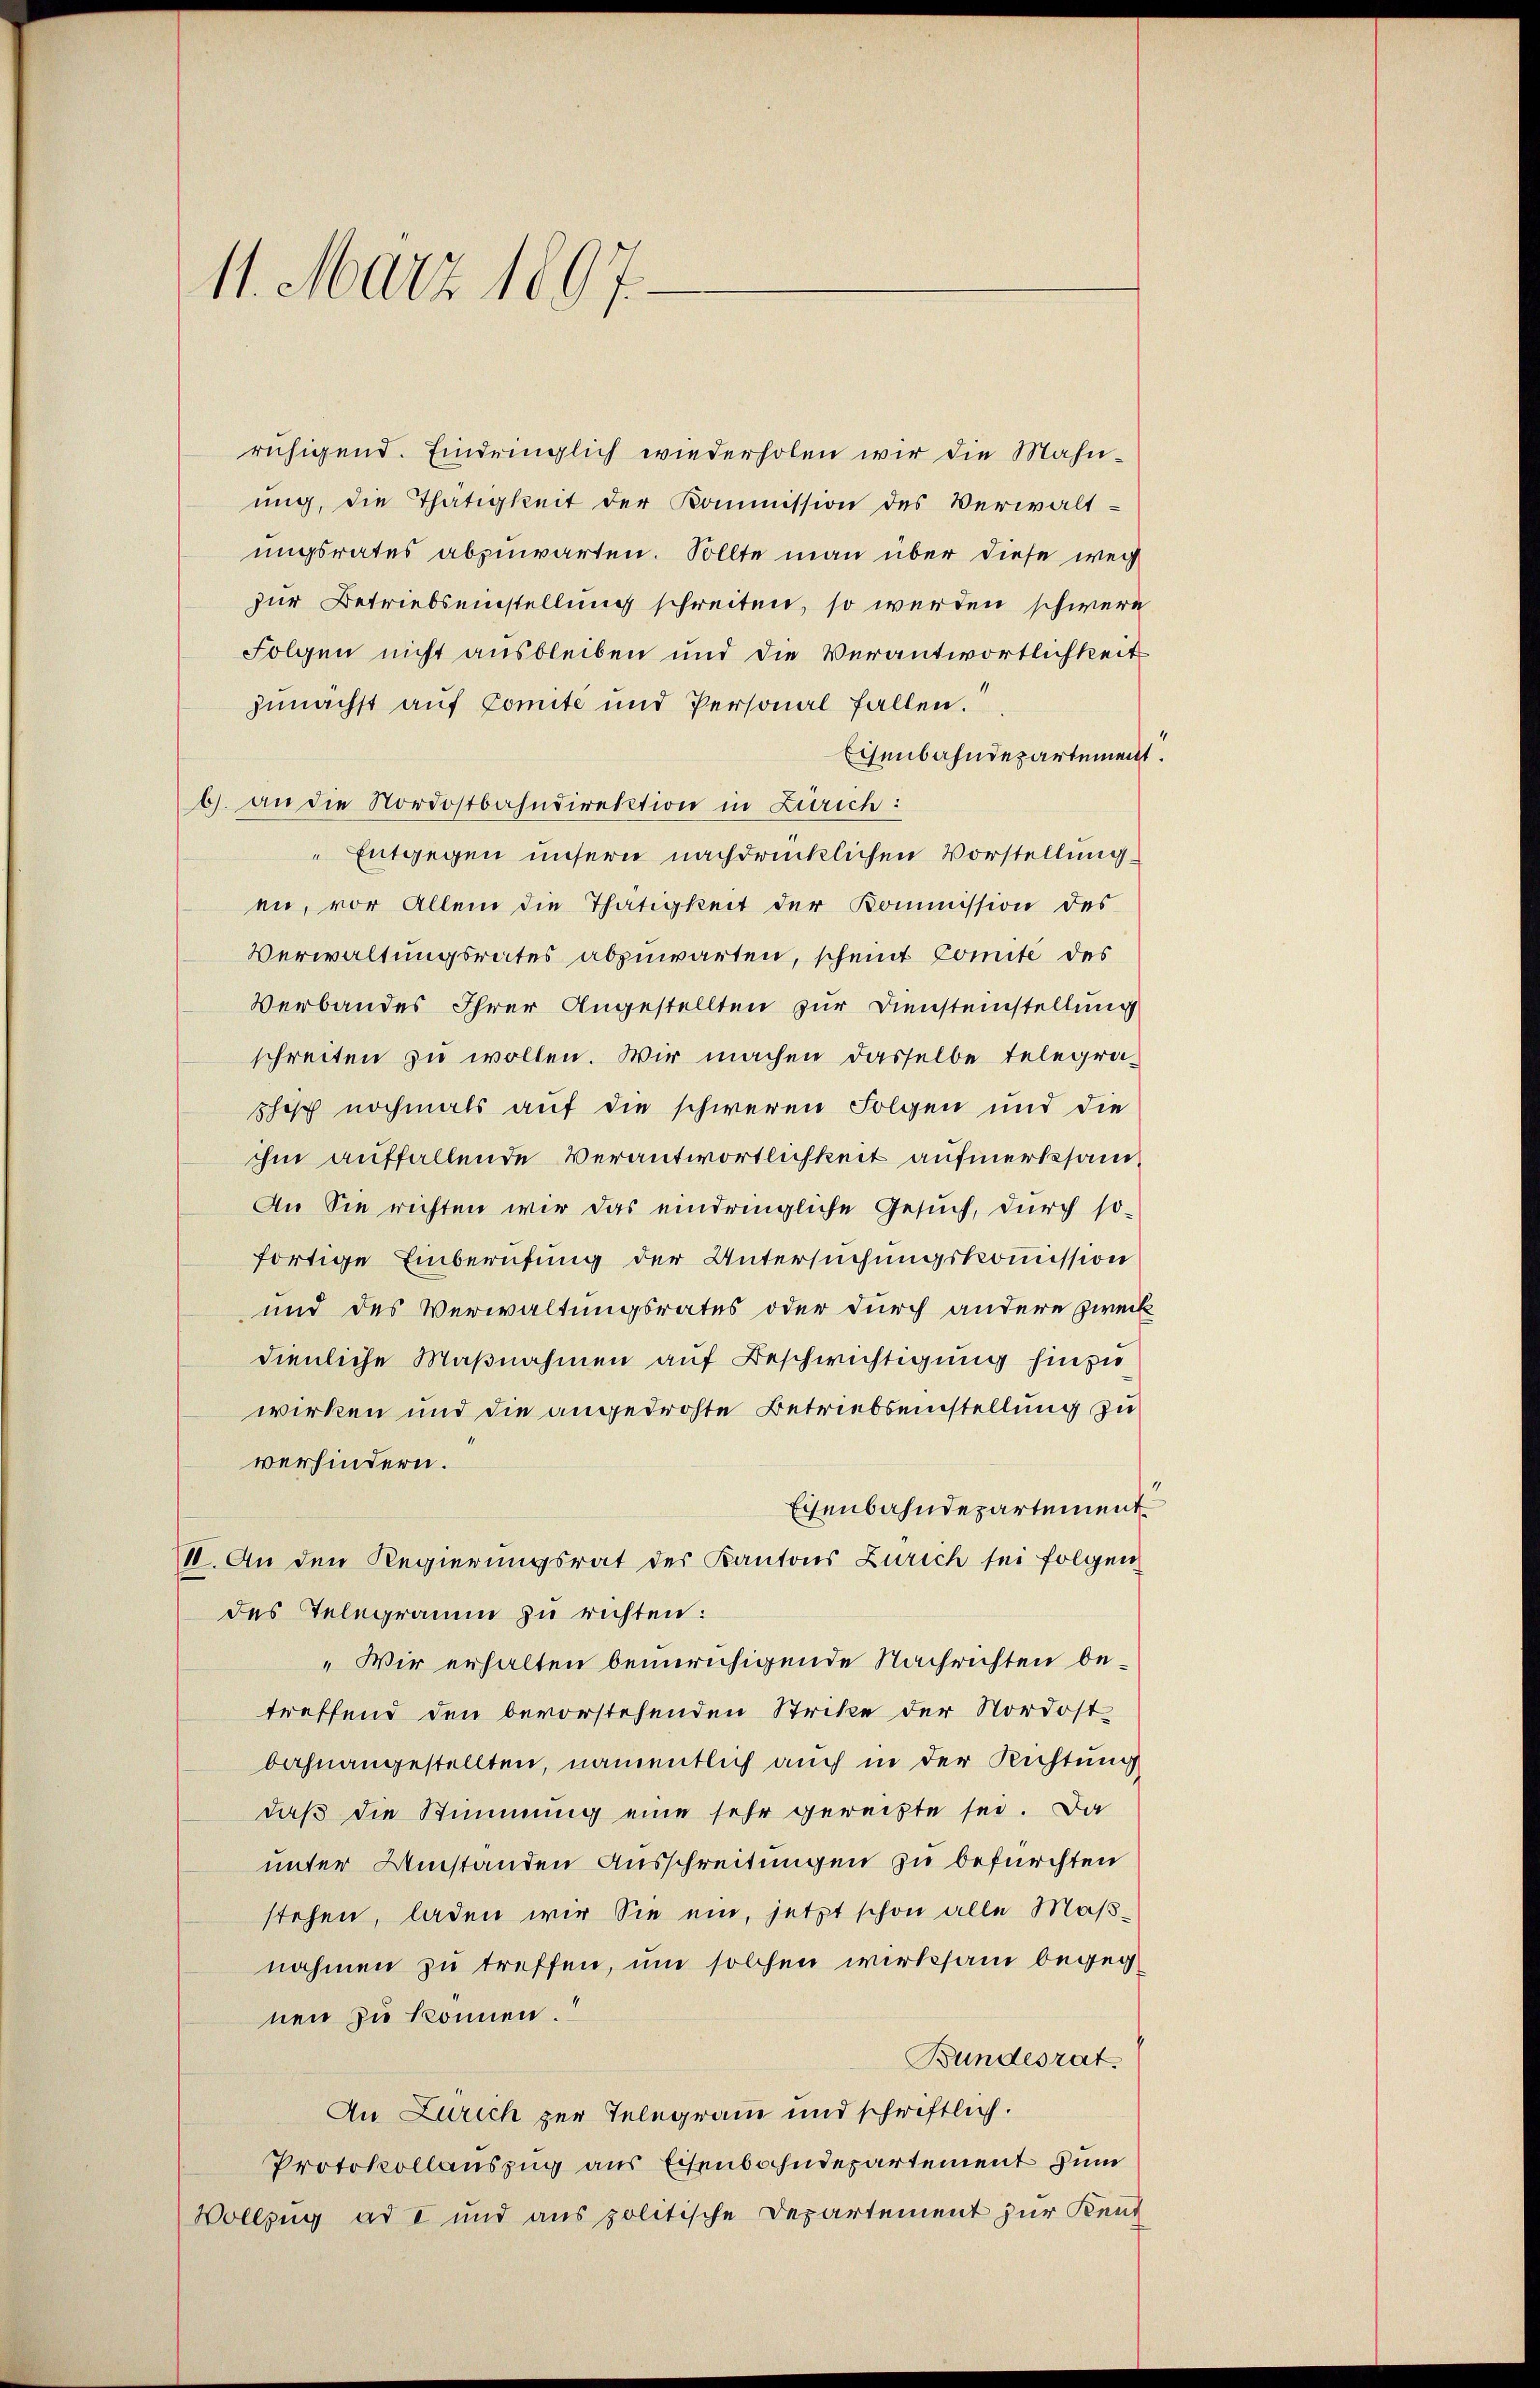
11. März 1897.

ruhigend. Eindringlich wiederholen wir die Mahn-
ung, die Thätigkeit der Kommission des Verwalt-
ungsrates abzuwarten. Sollte man über diese weg
zur Betriebseinstellung schreiten, so werden schwere
Folgen nicht ausbleiben und die Verantwortlichkeit
zunächst auf Comite und Personal fallen.
Eisenbahndepartement.
b. an die Nordostbahndirektion in Zürich:
Entgegen unsern nachdrücklichen Vorstellung
en, vor Allem die Thätigkeit der Kommission des
Verwaltungsrates abzuwarten, scheint Comité des
Verbandes Ihrer Angestellten zur Diensteinstellung
schreiten zu wollen. Wir machen dasselbe telegraschisch nochmals auf die schweren Folgen und die
ihm auffallende Verantwortlichkeit aufmerksam
An Sie richten wir das eindringliche Gesuch, durch so-
fortige Einberufung der Untersuchungskommission
und des Verwaltungsrates oder durch andere Zweck
dienliche Maßnahmen auf Beschwichtigung hinzu
wirken und die angedrohte Betriebseinstellung zu
verhindern.
Eisenbahndepartement
II. An den Regierungsrat der Kantons Zürich sei folgen
des Telegramm zu richten:
„Wir erhalten beunruhigende Nachrichten betreffend den bevorstehenden Strikte der Nordost
bahnangestellten, namentlich auch in der Richtung
daß die Stimmung eine sehr gereihte sei. Da
unter Umstanden Ausschreitungen zu befürchten
stehen, laden wir Sie ein, jetzt schon alle Maßnahmen zu treffen, um solchen wirksam begeg
nen zu können.
Bundesrat.
An Zürich zur Telegram und schriftlich.
Protokollauszug aus Eisenbahndepartement zum
Vollzug ad I und aus politische Departement zur Kent